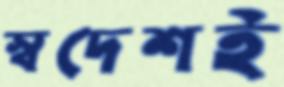
স্বদেশই